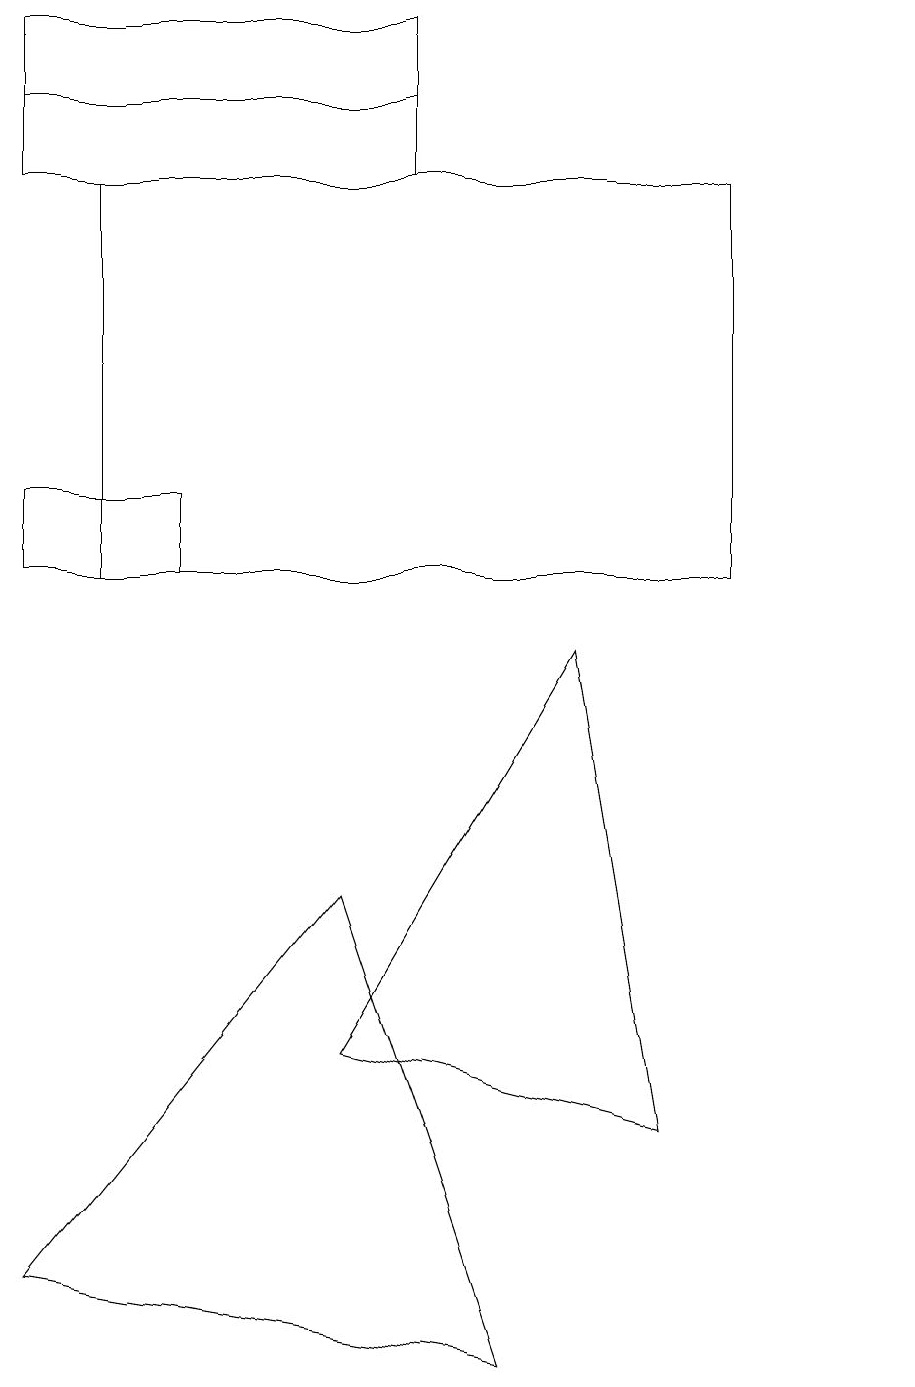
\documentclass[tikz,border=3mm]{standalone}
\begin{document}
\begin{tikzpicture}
\draw (4,4) -- (7,9) -- (8,3) -- cycle;
\draw (5,17) rectangle (0,15);
\draw (11,10) circle (0);
\draw (0,16) rectangle (5,16);
\draw (0,11) rectangle (2,10);
\draw (0,1) -- (4,6) -- (6,0) -- cycle;
\draw (1,15) rectangle (9,10);
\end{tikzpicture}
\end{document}